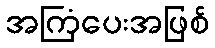
အကြံပေးအဖြစ်